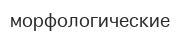
морфологические